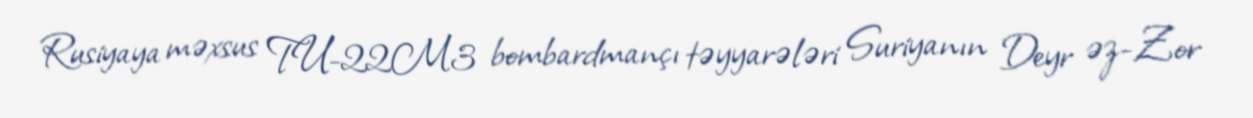
Rusiyaya məxsus TU-22M3 bombardmançı təyyarələri Suriyanın Deyr əz-Zor